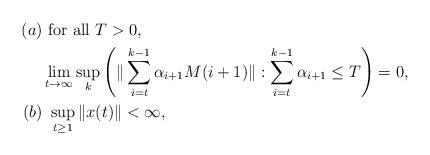
LaTeX: \begin{align*}(a) & ~ \mbox{for all } T>0,\\& \lim\limits_{t\rightarrow\infty}\sup\limits_{k} \left(\|\sum\limits_{i=t}^{k-1}\alpha_{i+1} M({i+1}) \|:\sum\limits_{i=t}^{k-1}\alpha_{i+1} \leq T \right) = 0,\\(b) & ~ \sup_{t\geq1}\|x(t)\|<\infty,\end{align*}